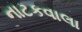
નાટકવાલા